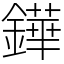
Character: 鏵